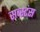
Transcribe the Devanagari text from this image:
सब्स्टंस